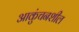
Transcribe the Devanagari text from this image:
आकुंचनशील